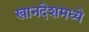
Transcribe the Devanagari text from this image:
खानदेशमध्ये